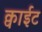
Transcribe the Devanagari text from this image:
क्वाईट